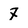
Character: 7